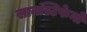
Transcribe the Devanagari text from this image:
सानस्टिफेनो